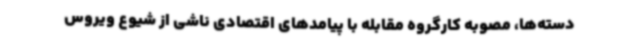
دسته‌ها، مصوبه کارگروه مقابله با پیامدهای اقتصادی ناشی از شیوع ویروس